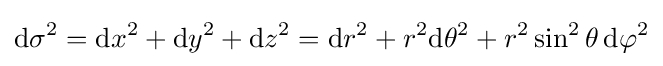
\mathrm {d} \sigma ^{2}=\mathrm {d} x^{2}+\mathrm {d} y^{2}+\mathrm {d} z^{2}=\mathrm {d} r^{2}+r^{2}\mathrm {d} \theta ^{2}+r^{2}\sin ^{2}\theta \,\mathrm {d} \varphi ^{2}